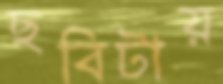
ছবিটায়